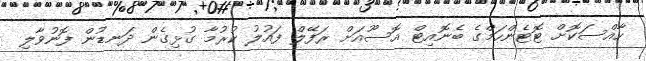
ހާއްސަކޮށް ޓޮޓެންހަމްގެ ބެނޮއިޓް އޮސޫއަށް ރަފޭލް ފައުލު ކުރުމާ ގުޅިގެން ދަނޑުން ފޮނުވާލި